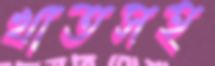
খাতসহ